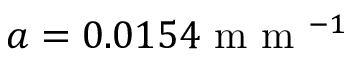
a = 0 . 0 1 5 4 \mathrm { ~ m ~ m ~ } ^ { - 1 }